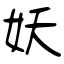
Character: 妖